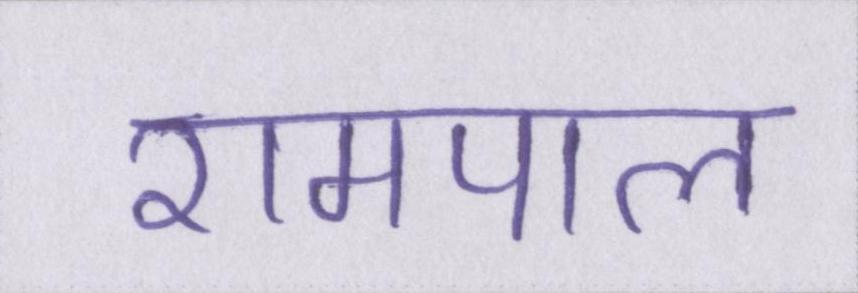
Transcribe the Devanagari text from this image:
रामपाल